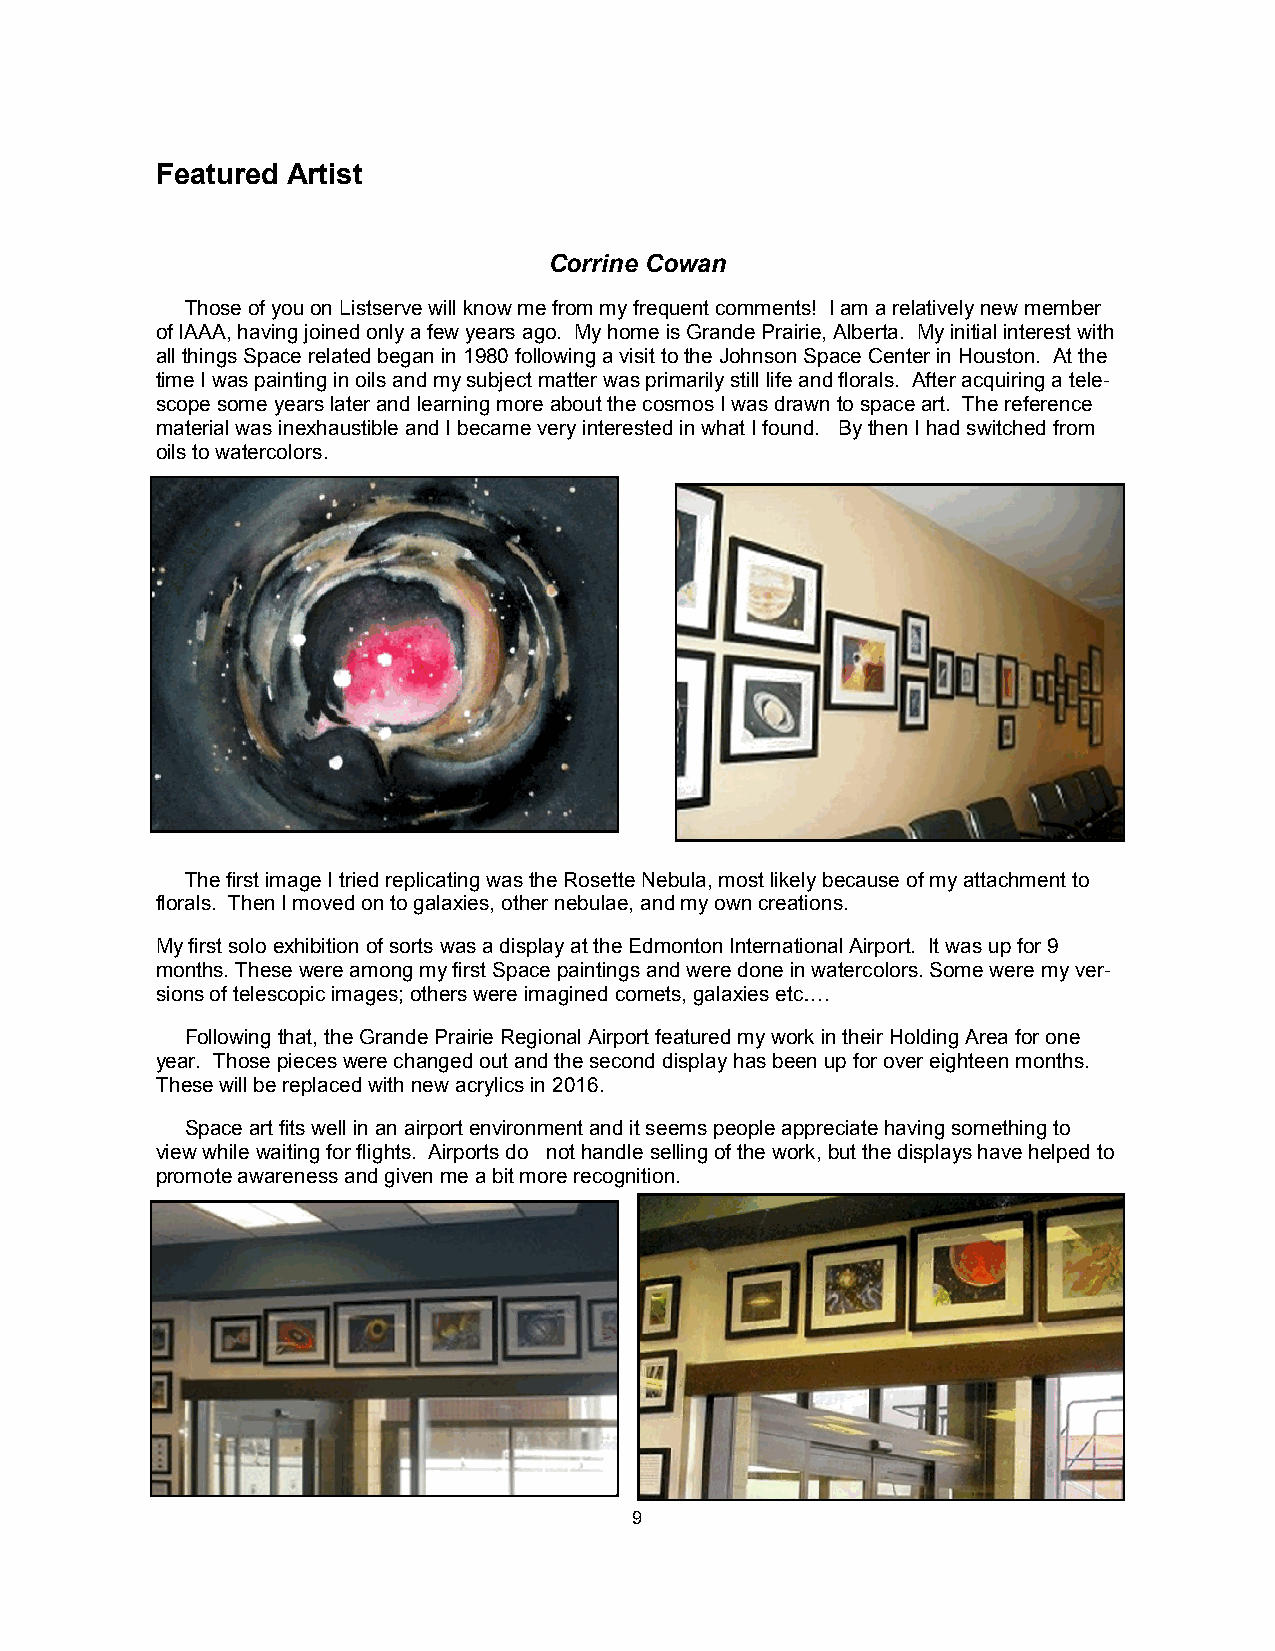
Featured Artist
 Corrine Cowan
 Those of you on Listserve will know me from my frequent comments! I am a relatively new member
 of IAAA, having joined only a few years ago. My home is Grande Prairie, Alberta. My initial interest with
 all things Space related began in 1980 following a visit to the Johnson Space Center in Houston. At the
 time I was painting in oils and my subject matter was primarily still life and florals. After acquiring a tele-
 scope some years later and learning more about the cosmos I was drawn to space art. The reference
 material was inexhaustible and I became very interested in what I found. By then I had switched from
 oils to watercolors.
 The first image I tried replicating was the Rosette Nebula, most likely because of my attachment to
 florals. Then I moved on to galaxies, other nebulae, and my own creations.
 My first solo exhibition of sorts was a display at the Edmonton International Airport. It was up for 9
 months. These were among my first Space paintings and were done in watercolors. Some were my ver-
 sions of telescopic images; others were imagined comets, galaxies etc….
 Following that, the Grande Prairie Regional Airport featured my work in their Holding Area for one
 year. Those pieces were changed out and the second display has been up for over eighteen months.
 These will be replaced with new acrylics in 2016.
 Space art fits well in an airport environment and it seems people appreciate having something to
 view while waiting for flights. Airports do not handle selling of the work, but the displays have helped to
 promote awareness and given me a bit more recognition.
 9